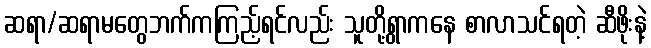
ဆရာ/ဆရာမတွေဘက်ကကြည့်ရင်လည်း သူတို့ရွာကနေ စာလာသင်ရတဲ့ ဆီဖိုးနဲ့